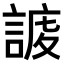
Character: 𧩅